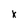
Character: X